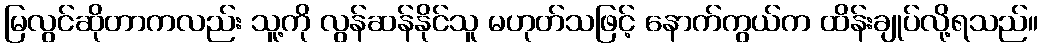
မြလွင်ဆိုတာကလည်း သူ့ကို လွန်ဆန်နိုင်သူ မဟုတ်သဖြင့် နောက်ကွယ်က ထိန်းချုပ်လို့ရသည်။